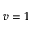
v = 1